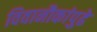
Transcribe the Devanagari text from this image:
विवानौकांपुढे